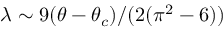
\lambda \sim 9 ( \theta - \theta _ { c } ) / ( 2 ( \pi ^ { 2 } - 6 ) )